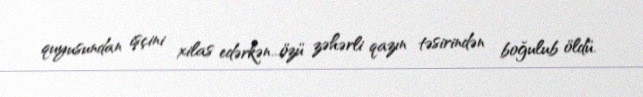
quyusundan işçini xilas edərkən...özü zəhərli qazın təsirindən boğulub öldü.